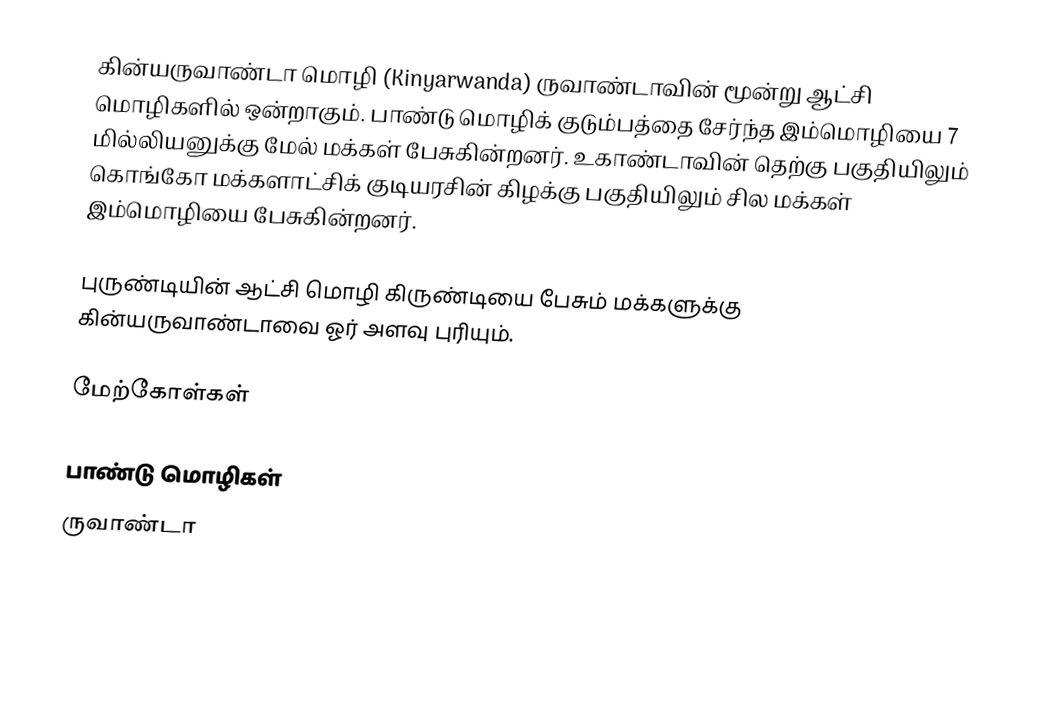
கின்யருவாண்டா மொழி (Kinyarwanda) ருவாண்டாவின் மூன்று ஆட்சி மொழிகளில் ஒன்றாகும். பாண்டு மொழிக் குடும்பத்தை சேர்ந்த இம்மொழியை 7 மில்லியனுக்கு மேல் மக்கள் பேசுகின்றனர். உகாண்டாவின் தெற்கு பகுதியிலும் கொங்கோ மக்களாட்சிக் குடியரசின் கிழக்கு பகுதியிலும் சில மக்கள் இம்மொழியை பேசுகின்றனர்.

புருண்டியின் ஆட்சி மொழி கிருண்டியை பேசும் மக்களுக்கு கின்யருவாண்டாவை ஓர் அளவு புரியும்.

மேற்கோள்கள்

பாண்டு மொழிகள்
ருவாண்டா